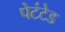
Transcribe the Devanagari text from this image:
पेटंटेड